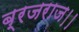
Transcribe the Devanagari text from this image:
ब्रजराज।।